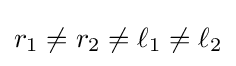
r_{1}\neq r_{2}\neq \ell _{1}\neq \ell _{2}